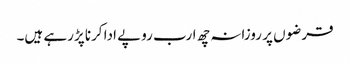
قرضوں پر روزانہ چھ ارب روپے ادا کرنا پڑرہے ہیں۔